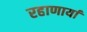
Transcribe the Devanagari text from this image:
रहाणार्या